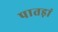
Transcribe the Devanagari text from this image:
पातड़ां